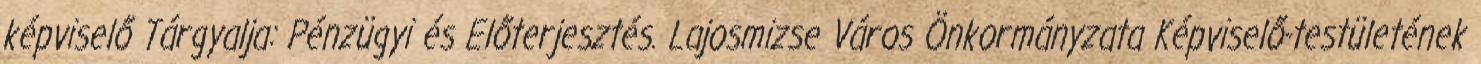
képviselő Tárgyalja: Pénzügyi és Előterjesztés. Lajosmizse Város Önkormányzata Képviselő-testületének